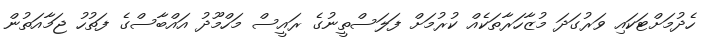
ހެދުމަށްޓަކައި ވަރުގަދަ މުޒާހަރާތަކެއް ކުރުމަށް ފަލަސްތީނުގެ ރައީސް މަހްމޫދު އައްބާސްގެ ފަތުހު ޖަމާއަތުން